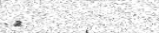
١